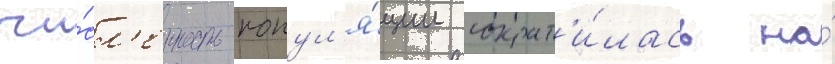
чи́сл'енность попул'я́ции сократ'и́лась на́